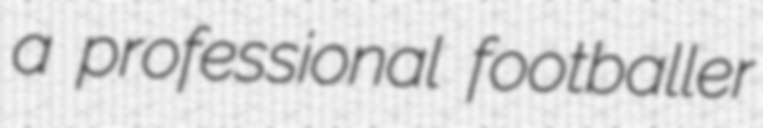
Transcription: a professional footballer